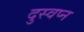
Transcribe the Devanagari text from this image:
दुस्वप्न